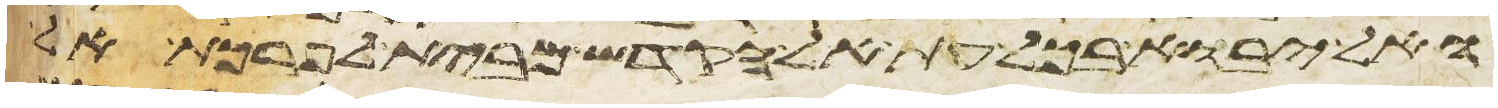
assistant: ואל יבוא בכל עת אל הקדש מבית לפרכת אל